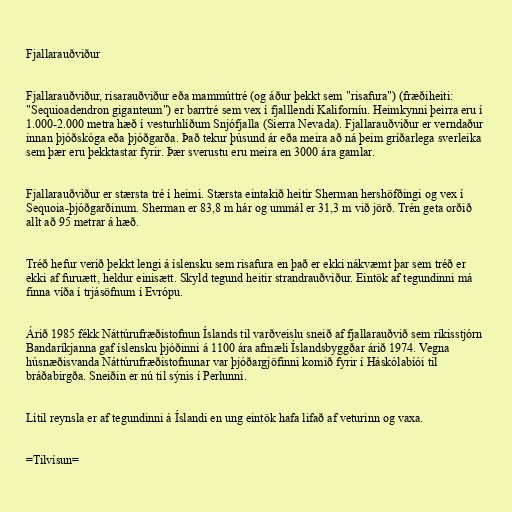
Fjallarauðviður

Fjallarauðviður, risarauðviður eða mammúttré (og áður þekkt sem "risafura") (fræðiheiti:
"Sequioadendron giganteum") er barrtré sem vex í fjalllendi Kaliforníu. Heimkynni þeirra eru í
1.000-2.000 metra hæð í vesturhlíðum Snjófjalla (Sierra Nevada). Fjallarauðviður er verndaður
innan þjóðskóga eða þjóðgarða. Það tekur þúsund ár eða meira að ná þeim gríðarlega sverleika
sem þær eru þekktastar fyrir. Þær sverustu eru meira en 3000 ára gamlar.

Fjallarauðviður er stærsta tré í heimi. Stærsta eintakið heitir Sherman hershöfðingi og vex í
Sequoia-þjóðgarðinum. Sherman er 83,8 m hár og ummál er 31,3 m við jörð. Trén geta orðið
allt að 95 metrar á hæð.

Tréð hefur verið þekkt lengi á íslensku sem risafura en það er ekki nákvæmt þar sem tréð er
ekki af furuætt, heldur einisætt. Skyld tegund heitir strandrauðviður. Eintök af tegundinni má
finna víða í trjásöfnum í Evrópu.

Árið 1985 fékk Náttúrufræðistofnun Íslands til varðveislu sneið af fjallarauðvið sem ríkisstjórn
Bandaríkjanna gaf íslensku þjóðinni á 1100 ára afmæli Íslandsbyggðar árið 1974. Vegna
húsnæðisvanda Náttúrufræðistofnunar var þjóðargjöfinni komið fyrir í Háskólabíói til
bráðabirgða. Sneiðin er nú til sýnis í Perlunni.

Lítil reynsla er af tegundinni á Íslandi en ung eintök hafa lifað af veturinn og vaxa.

=Tilvísun=